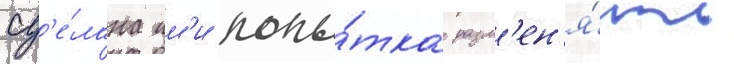
сд'е́лана им'и попы́тка разм'ен'я́ть